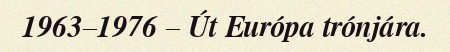
1963–1976 – Út Európa trónjára.